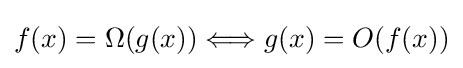
f(x)=\Omega (g(x))\Longleftrightarrow g(x)=O(f(x))